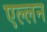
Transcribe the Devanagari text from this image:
एल्लन